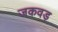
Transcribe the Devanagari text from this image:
जकवड़